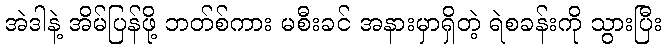
အဲဒါနဲ့ အိမ်ပြန်ဖို့ ဘတ်စ်ကား မစီးခင် အနားမှာရှိတဲ့ ရဲစခန်းကို သွားပြီး